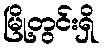
မြို့တွင်းရှိ